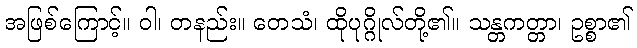
အဖြစ်ကြောင့်။ ဝါ၊ တနည်း။ တေသံ၊ ထိုပုဂ္ဂိုလ်တို့၏။ သန္တကတ္တာ၊ ဥစ္စာ၏